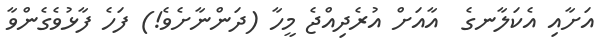
އަށާއި އެކަލާނގެ  އާއަށް އުރެދިއްޖެ މީހާ (ދަންނާށެވެ!) ފަހެ ފާޅުވެގެންވާ